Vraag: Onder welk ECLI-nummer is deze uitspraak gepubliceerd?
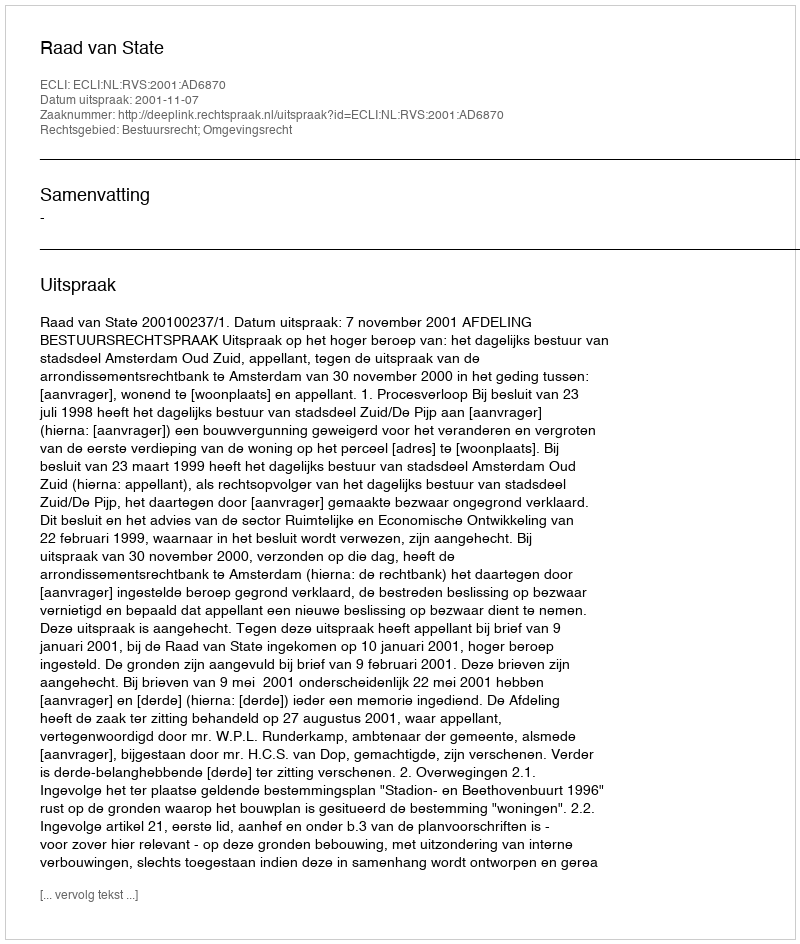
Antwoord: ECLI:NL:RVS:2001:AD6870